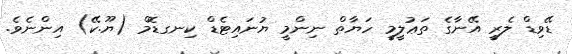
ޑޭވިޑް ލެރީ އޭނާގެ ތަޢުލީމީ ހަޔާތް ނިންމީ ޔުނައިޓެޑް ކިނގޑޮމް (ޔޫ.ކޭ) އިންނެވެ.